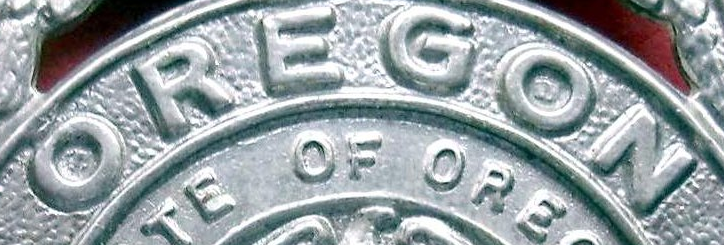
OREGON